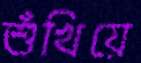
শুঁখিয়ে